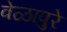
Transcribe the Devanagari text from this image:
वेळापुरे